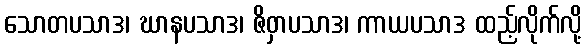
သောတပသာဒ၊ ဃာနပသာဒ၊ ဇိဝှာပသာဒ၊ ကာယပသာဒ ထည့်လိုက်လို့